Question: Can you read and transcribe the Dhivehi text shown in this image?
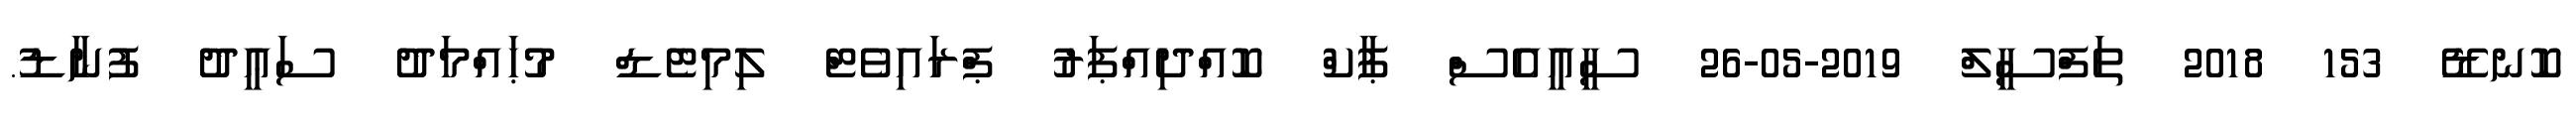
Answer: ކޮނޑޭ 153 2018 ތަފްސީލް 2019-05-26 ސީއީއެސް ޕާކް ކޮއްދިއްޕަރު ޕްރައިވެޓް ލިމިޓެޑް މުޙައްމަދު ސަޢީދު ފުނާޑު.